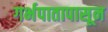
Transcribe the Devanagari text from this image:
गर्भपातापासून